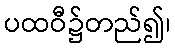
ပထဝီ၌တည်၍၊